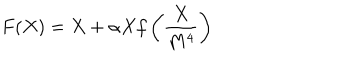
F ( X ) = X + \alpha X f \left( { \frac { X } { M ^ { 4 } } } \right)